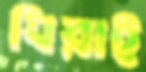
ঘিরাই